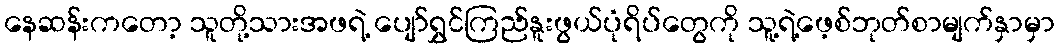
နေဆန်းကတော့ သူတို့သားအဖရဲ့ ပျော်ရွှင်ကြည်နူးဖွယ်ပုံရိပ်တွေကို သူ့ရဲ့ဖေ့စ်ဘုတ်စာမျက်နှာမှာ